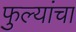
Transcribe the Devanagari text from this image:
फुल्यांचा